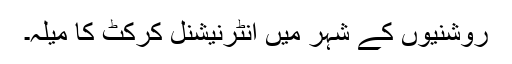
روشنیوں کے شہر میں انٹرنیشنل کرکٹ کا میلہ۔